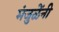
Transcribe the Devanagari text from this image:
मंजुळेंनी